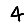
Digit: 4